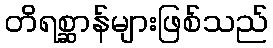
တိရစ္ဆာန်များဖြစ်သည်